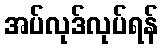
အပ်လုဒ်လုပ်ရန်